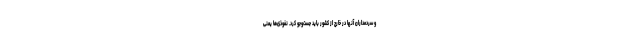
و سردمداران آنها در خارج از کشور باید جست‌وجو کرد. نفوذی‌ها یعنی